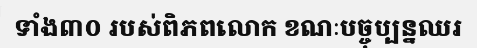
ទាំង៣០ របស់ពិភពលោក ខណៈបច្ចុប្បន្នឈរ